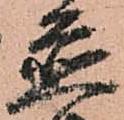
置